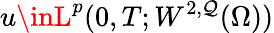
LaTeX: u\inL^{p}(0,T;W^{2,\mathcal{Q}}(\Omega))